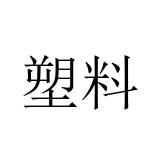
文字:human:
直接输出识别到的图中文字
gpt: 塑料